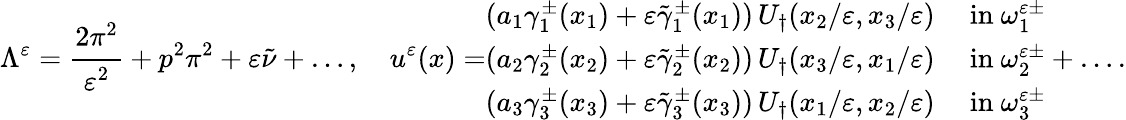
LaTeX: \Lambda^{\varepsilon}=\cfrac{2\pi^{2}}{\varepsilon^{2}}+p^{2}\pi^{2}+\varepsilon\tilde{\nu}+\dots,\quad u^{\varepsilon}(x)=\begin{array}{rl}{(a_{1}\gamma_{1}^{\pm}(x_{1})+\varepsilon\tilde{\gamma}_{1}^{\pm}(x_{1}))\, U_{\dagger}(x_{2}/\varepsilon,x_{3}/\varepsilon)}&{\mathrm{~in~}\omega_{1}^{\varepsilon\pm}}\\ {(a_{2}\gamma_{2}^{\pm}(x_{2})+\varepsilon\tilde{\gamma}_{2}^{\pm}(x_{2}))\, U_{\dagger}(x_{3}/\varepsilon,x_{1}/\varepsilon)}&{\mathrm{~in~}\omega_{2}^{\varepsilon\pm}}\\ {(a_{3}\gamma_{3}^{\pm}(x_{3})+\varepsilon\tilde{\gamma}_{3}^{\pm}(x_{3}))\, U_{\dagger}(x_{1}/\varepsilon,x_{2}/\varepsilon)}&{\mathrm{~in~}\omega_{3}^{\varepsilon\pm}}\end{array}+\dots.